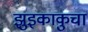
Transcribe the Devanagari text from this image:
झुइकाकुचा